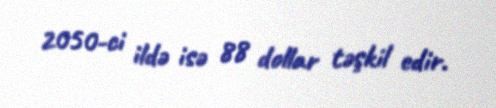
2050-ci ildə isə 88 dollar təşkil edir.